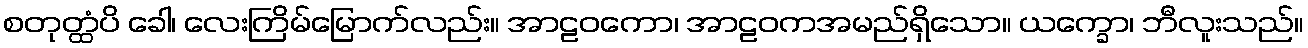
စတုတ္ထံပိ ခေါ၊ လေးကြိမ်မြောက်လည်း။ အာဠဝကော၊ အာဠဝကအမည်ရှိသော။ ယက္ခော၊ ဘီလူးသည်။